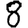
Digit: 8